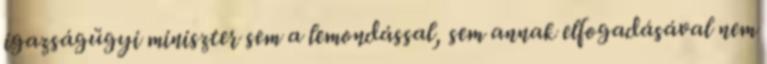
igazságügyi miniszter sem a lemondással, sem annak elfogadásával nem